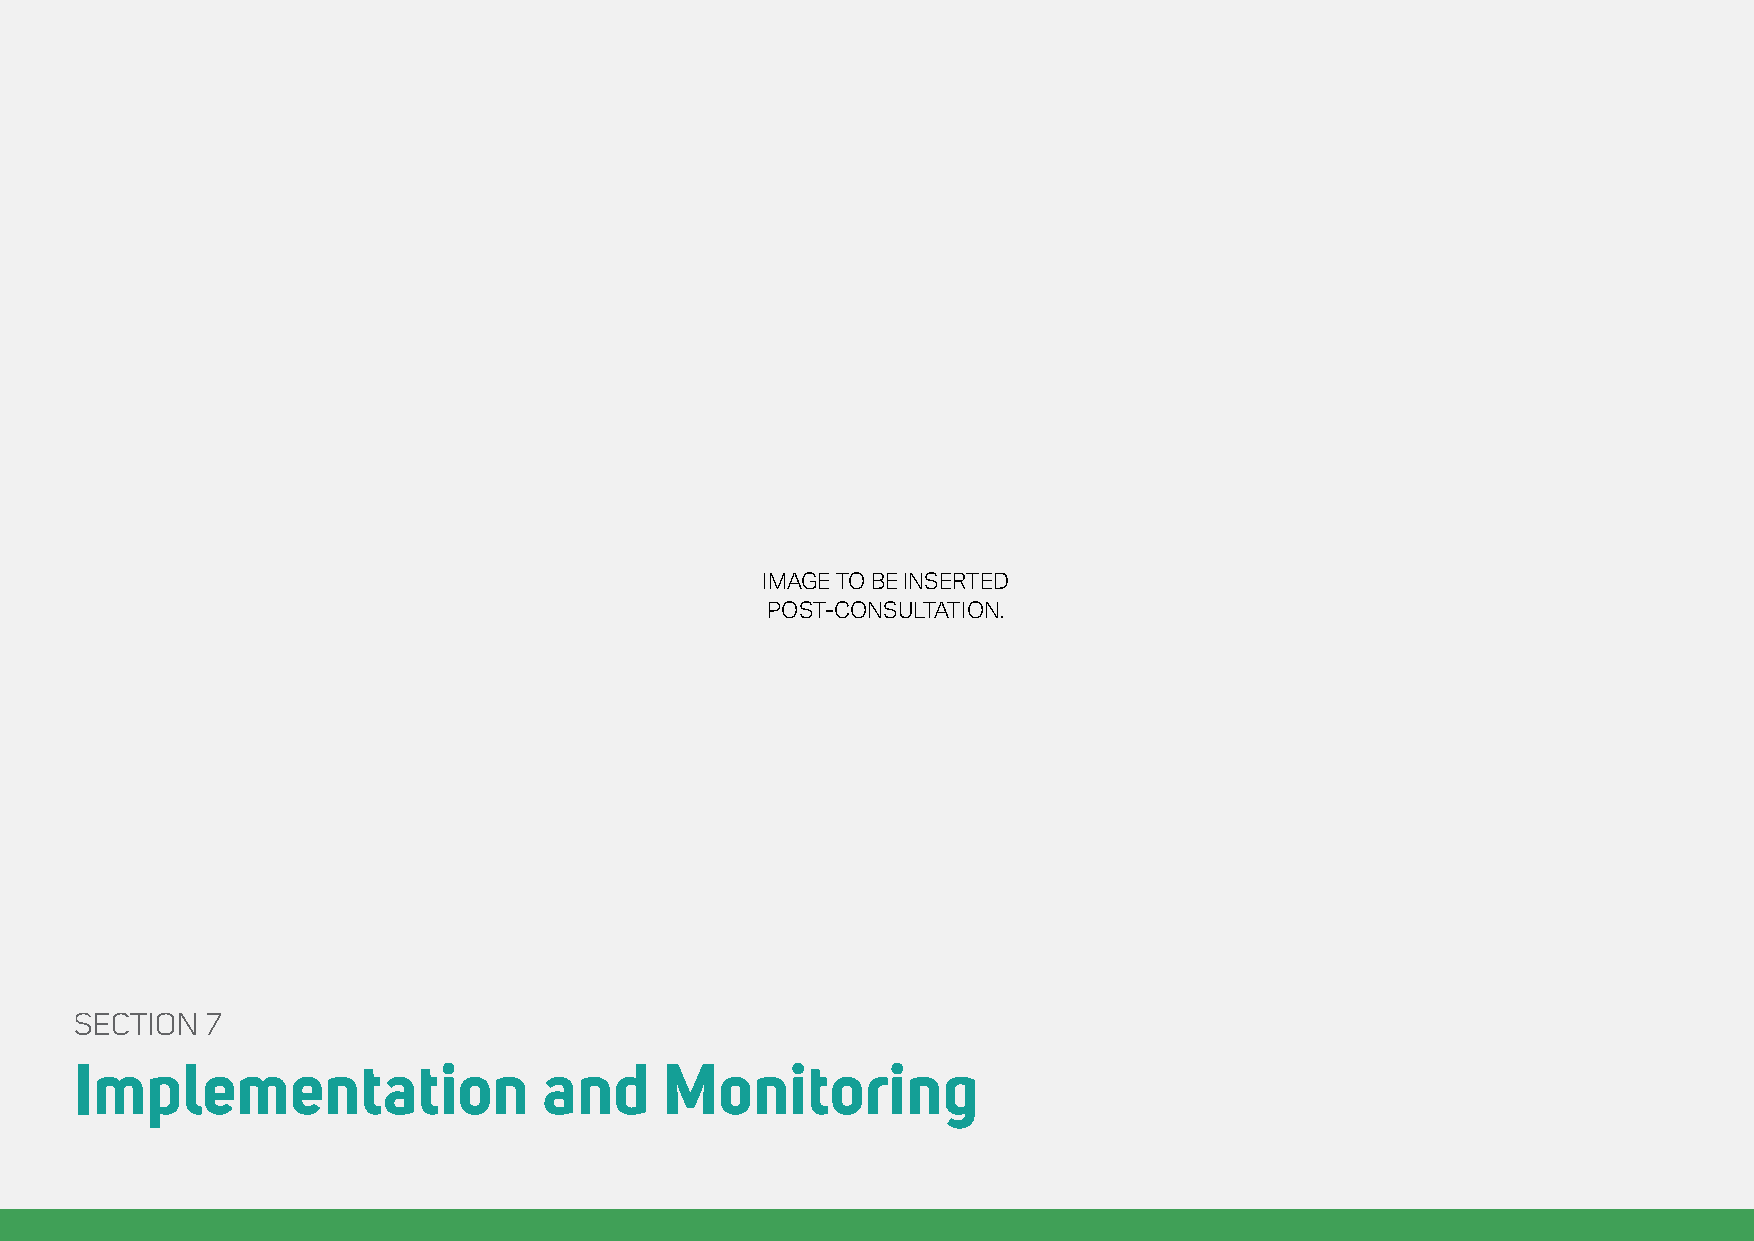
Draft Rights of Way Improvement Plan
 2020 – 2030
 IMAGE TO BE INSERTED
 POST-CONSULTATION.
 SECTION  7
 Implementation                 and     Monitoring
 35